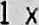
1X